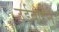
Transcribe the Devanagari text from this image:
उर्डबोहने